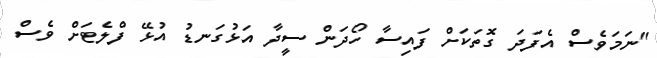
"ނަމަވެސް އެފަދަ ގޮތަކަށް ފައިސާ ހޯދަން ސީދާ އަޅުގަނޑު އުޅޭ ފްލެޓަށް ވެސް